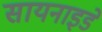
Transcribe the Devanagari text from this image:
सायनाइडे